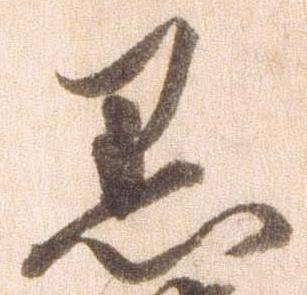
黒